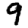
Digit: 9